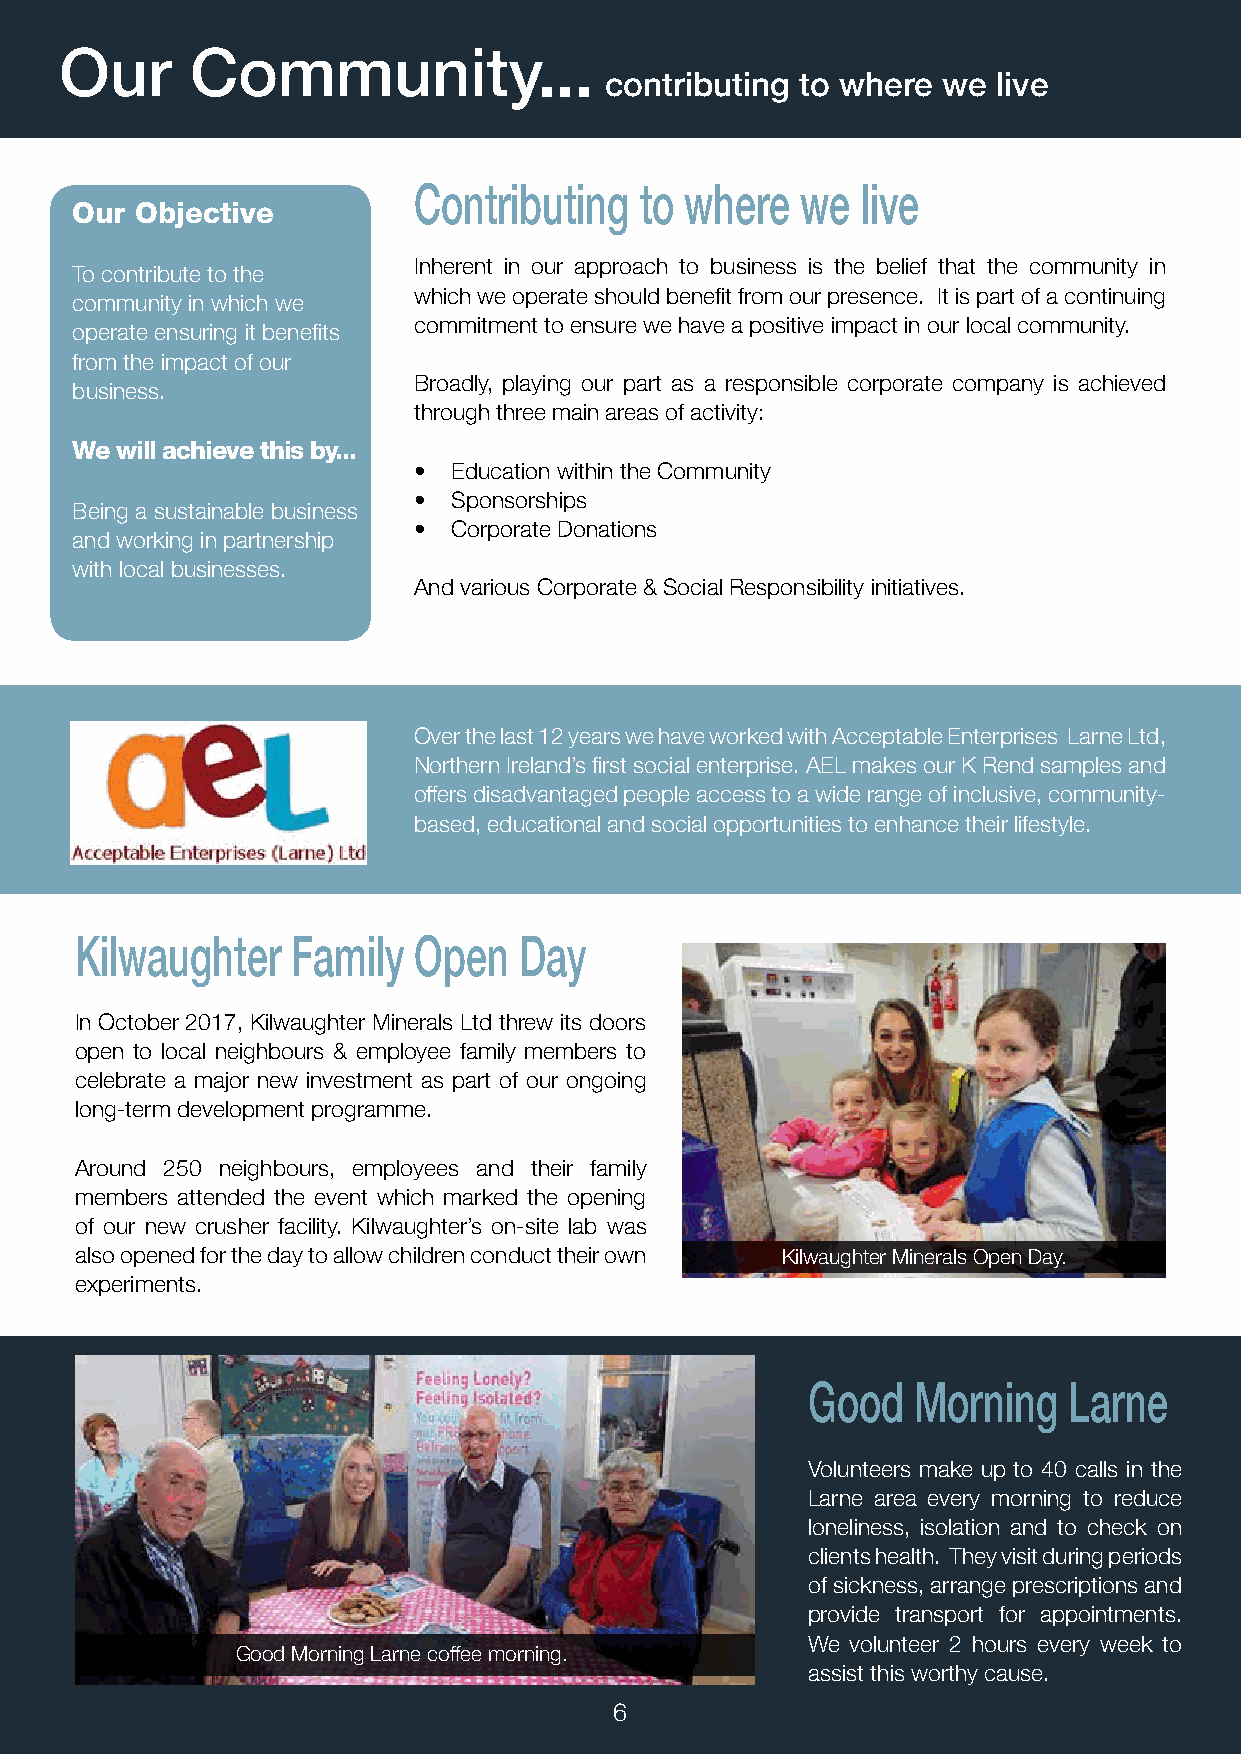
Our      Community...
 contributing to where we  live
 Contributing   to where   we  live
 Our Objective
 Inherent in our approach to business is the belief that the community in
 To contribute to the
 which we operate should benefit from our presence. It is part of a continuing
 community in which we
 commitment to ensure we have a positive impact in our local community.
 operate ensuring it benefits
 from the impact of our
 Broadly, playing our part as a responsible corporate company is achieved
 business.
 through three main areas of activity:
 We will achieve this by...
 •  Education within the Community
 •  Sponsorships
 Being a sustainable business
 •  Corporate Donations
 and working in partnership
 with local businesses.
 And various Corporate & Social Responsibility initiatives.
 Over the last 12 years we have worked with Acceptable Enterprises Larne Ltd,
 Northern Ireland’s first social enterprise. AEL makes our K Rend samples and
 offers disadvantaged people access to a wide range of inclusive, community-
 based, educational and social opportunities to enhance their lifestyle.
 Kilwaughter   Family  Open   Day
 In October 2017, Kilwaughter Minerals Ltd threw its doors
 open to local neighbours & employee family members to
 celebrate a major new investment as part of our ongoing
 long-term development programme.
 Around 250 neighbours, employees and their family
 members attended the event which marked the opening
 of our new crusher facility. Kilwaughter’s on-site lab was
 also opened for the day to allow children conduct their own Kilwaughter Minerals Open Day.
 experiments.
 Good    Morning   Larne
 Volunteers make up to 40 calls in the
 Larne area every morning to reduce
 loneliness, isolation and to check on
 clients health. They visit during periods
 of sickness, arrange prescriptions and
 provide transport for appointments.
 We volunteer 2 hours every week to
 Good Morning Larne coffee morning.
 assist this worthy cause.
 6